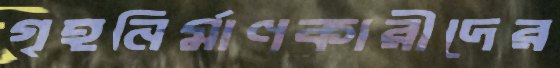
গৃহনির্মাণকারীদের